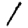
Digit: 1